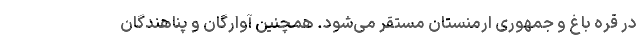
در قره باغ و جمهوری ارمنستان مستقر می‌شود. همچنین آوارگان و پناهندگان